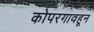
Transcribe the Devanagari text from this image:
कोपरगावहून